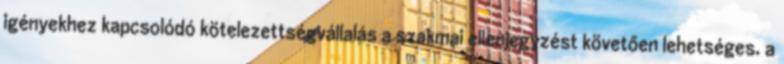
igényekhez kapcsolódó kötelezettségvállalás a szakmai ellenjegyzést követően lehetséges. a